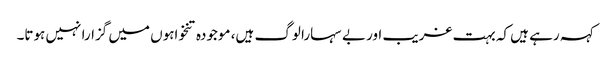
کہہ رہے ہیں کہ بہت غریب اور بے سہارا لوگ ہیں، موجودہ تنخواہوں میں گزارا نہیں ہوتا۔